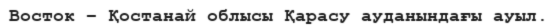
Восток – Қостанай облысы Қарасу ауданындағы ауыл.